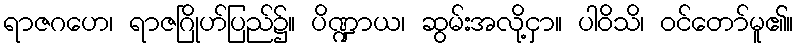
ရာဇဂဟေ၊ ရာဇဂြိုဟ်ပြည်၌။ ပိဏ္ဍာယ၊ ဆွမ်းအလို့ငှာ။ ပါဝိသိ၊ ဝင်တော်မူ၏။